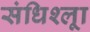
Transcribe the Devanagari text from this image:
संधिश्लूा